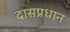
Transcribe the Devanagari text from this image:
दासप्रधान